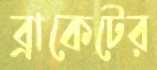
ব্রাকেটের